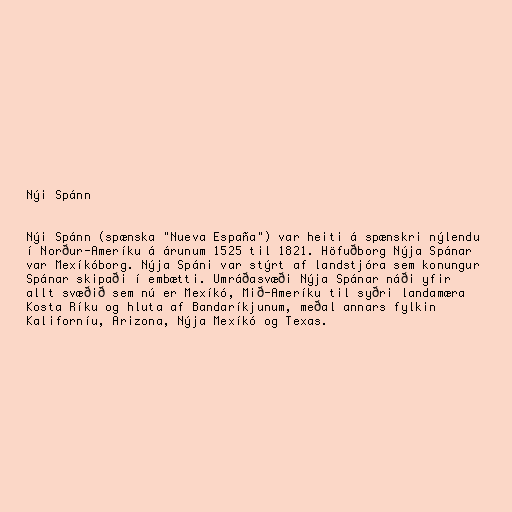
Nýi Spánn

Nýi Spánn (spænska "Nueva España") var heiti á spænskri nýlendu
í Norður-Ameríku á árunum 1525 til 1821. Höfuðborg Nýja Spánar
var Mexíkóborg. Nýja Spáni var stýrt af landstjóra sem konungur
Spánar skipaði í embætti. Umráðasvæði Nýja Spánar náði yfir
allt svæðið sem nú er Mexíkó, Mið-Ameríku til syðri landamæra
Kosta Ríku og hluta af Bandaríkjunum, meðal annars fylkin
Kaliforníu, Arizona, Nýja Mexíkó og Texas.